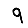
Digit: 9